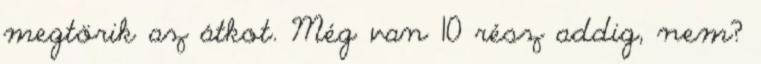
megtörik az átkot. Még van 10 rész addig, nem?